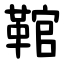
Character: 䩪